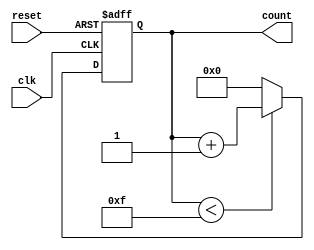
module MemoryBlocksUpCounter #(
    parameter BIT_WIDTH = 4,        // Number of bits for the counter
    parameter INITIAL_VALUE = 0,    // Initial value of the counter
    parameter MAX_COUNT_VALUE = 15   // Maximum count value
)(
    input wire clk,                  // Clock input
    input wire reset,                // Asynchronous reset input
    output reg [BIT_WIDTH-1:0] count // Count output
);

    // Asynchronous reset and counting mechanism
    always @(posedge clk or posedge reset) begin
        if (reset) begin
            count <= INITIAL_VALUE;  // Reset to initial value
        end else begin
            if (count < MAX_COUNT_VALUE) begin
                count <= count + 1;   // Increment the count
            end else begin
                count <= INITIAL_VALUE; // Reset to initial value on overflow
            end
        end
    end

endmodule